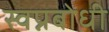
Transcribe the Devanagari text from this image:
स्वप्नबोधी